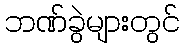
ဘဏ်ခွဲများတွင်